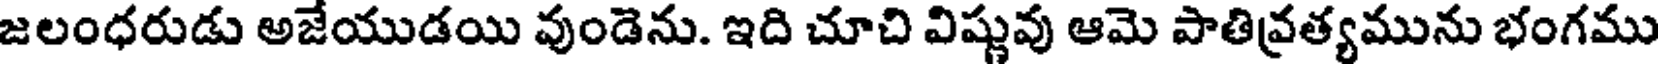
జలంధరుడు అజేయుడయి వుండెను. ఇది చూచి విష్ణువు ఆమె పాతివ్రత్యమును భంగము